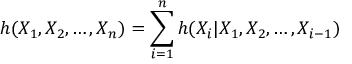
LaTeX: h ( X _ { 1 } , X _ { 2 } , \ldots , X _ { n } ) = \sum _ { i = 1 } ^ { n } h ( X _ { i } | X _ { 1 } , X _ { 2 } , \ldots , X _ { i - 1 } )